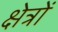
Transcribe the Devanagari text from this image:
क्ष्‍ोत्रों